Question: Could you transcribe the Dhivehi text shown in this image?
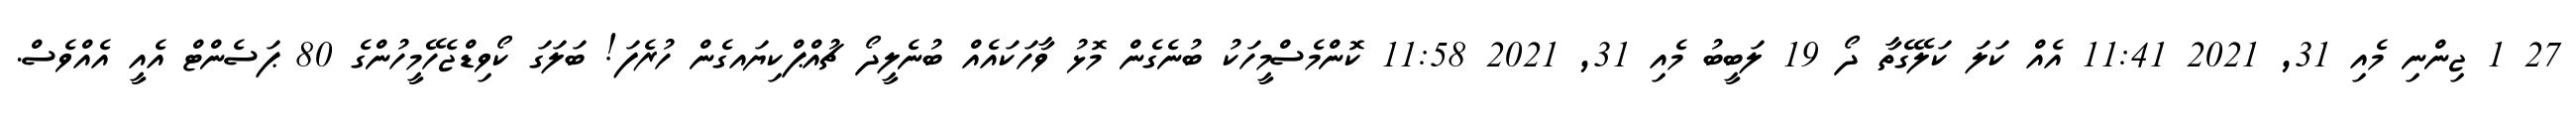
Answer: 27 1 ޖިންނި މެއި 31, 2021 11:41 އެއް ކަލަ ކަލޭގެތާ ދޯ 19 ލަބީބު މެއި 31, 2021 11:58 ކޮންމެސްމީހަކު ބުނެގެން މޮޅު ވާހަކައެއް ބުނެލީދޯ ޗުއްޕްކިޔައގެން ހުރެފަ! ބަލަގަ ކޯވިޑްޖެހޭމީހުންގެ 80 ޕަސެންޓް އެއީ އެއްވެސް.